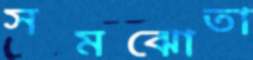
সমঝোতা